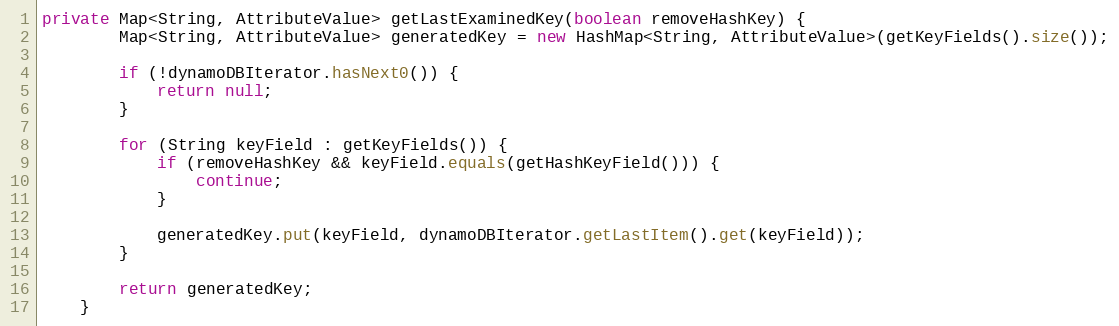
Language: Java
private Map<String, AttributeValue> getLastExaminedKey(boolean removeHashKey) {
        Map<String, AttributeValue> generatedKey = new HashMap<String, AttributeValue>(getKeyFields().size());

        if (!dynamoDBIterator.hasNext0()) {
            return null;
        }

        for (String keyField : getKeyFields()) {
            if (removeHashKey && keyField.equals(getHashKeyField())) {
                continue;
            }

            generatedKey.put(keyField, dynamoDBIterator.getLastItem().get(keyField));
        }

        return generatedKey;
    }